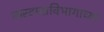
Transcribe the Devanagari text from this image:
कस्टम्सविभागाच्या